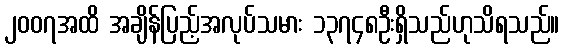
၂၀၀၇အထိ အချိန်ပြည့်အလုပ်သမား ၁၃၇၄၈ဦးရှိသည်ဟုသိရသည်။